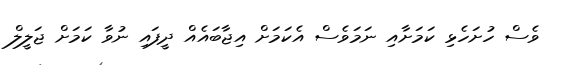
ވެސް ހުށަހެޅި ކަމަށާއި ނަމަވެސް އެކަމަށް އިޖާބައެއް ދީފައި ނުވާ ކަމަށް ޖަލީލް